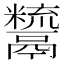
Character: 𩱙